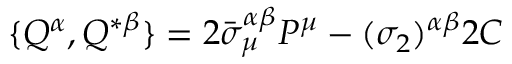
\{ Q ^ { \alpha } , Q ^ { * \beta } \} = 2 \bar { \sigma } _ { \mu } ^ { \alpha \beta } P ^ { \mu } - ( \sigma _ { 2 } ) ^ { \alpha \beta } 2 C